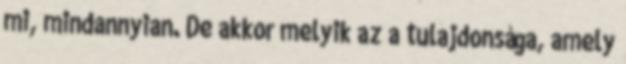
mi, mindannyian. De akkor melyik az a tulajdonsága, amely